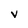
Character: v